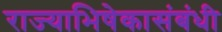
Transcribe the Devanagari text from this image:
राज्याभिषेकासंबंधी